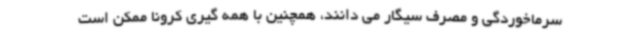
سرماخوردگی و مصرف سیگار می دانند، همچنین با همه گیری کرونا ممکن است